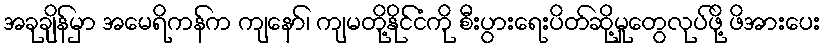
အခုချိန်မှာ အမေရိကန်က ကျနော်၊ ကျမတို့နိုင်ငံကို စီးပွားရေးပိတ်ဆို့မှုတွေလုပ်ဖို့ ဖိအားပေး